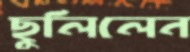
ছুলিলেন